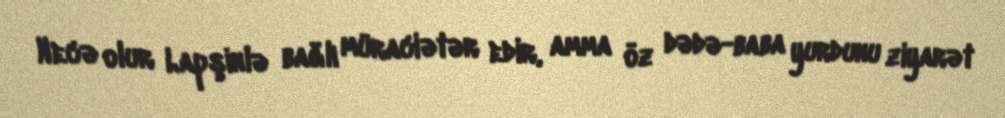
Necə olur Lapşinlə bağlı müraciətər edir, amma öz dədə-baba yurdunu ziyarət